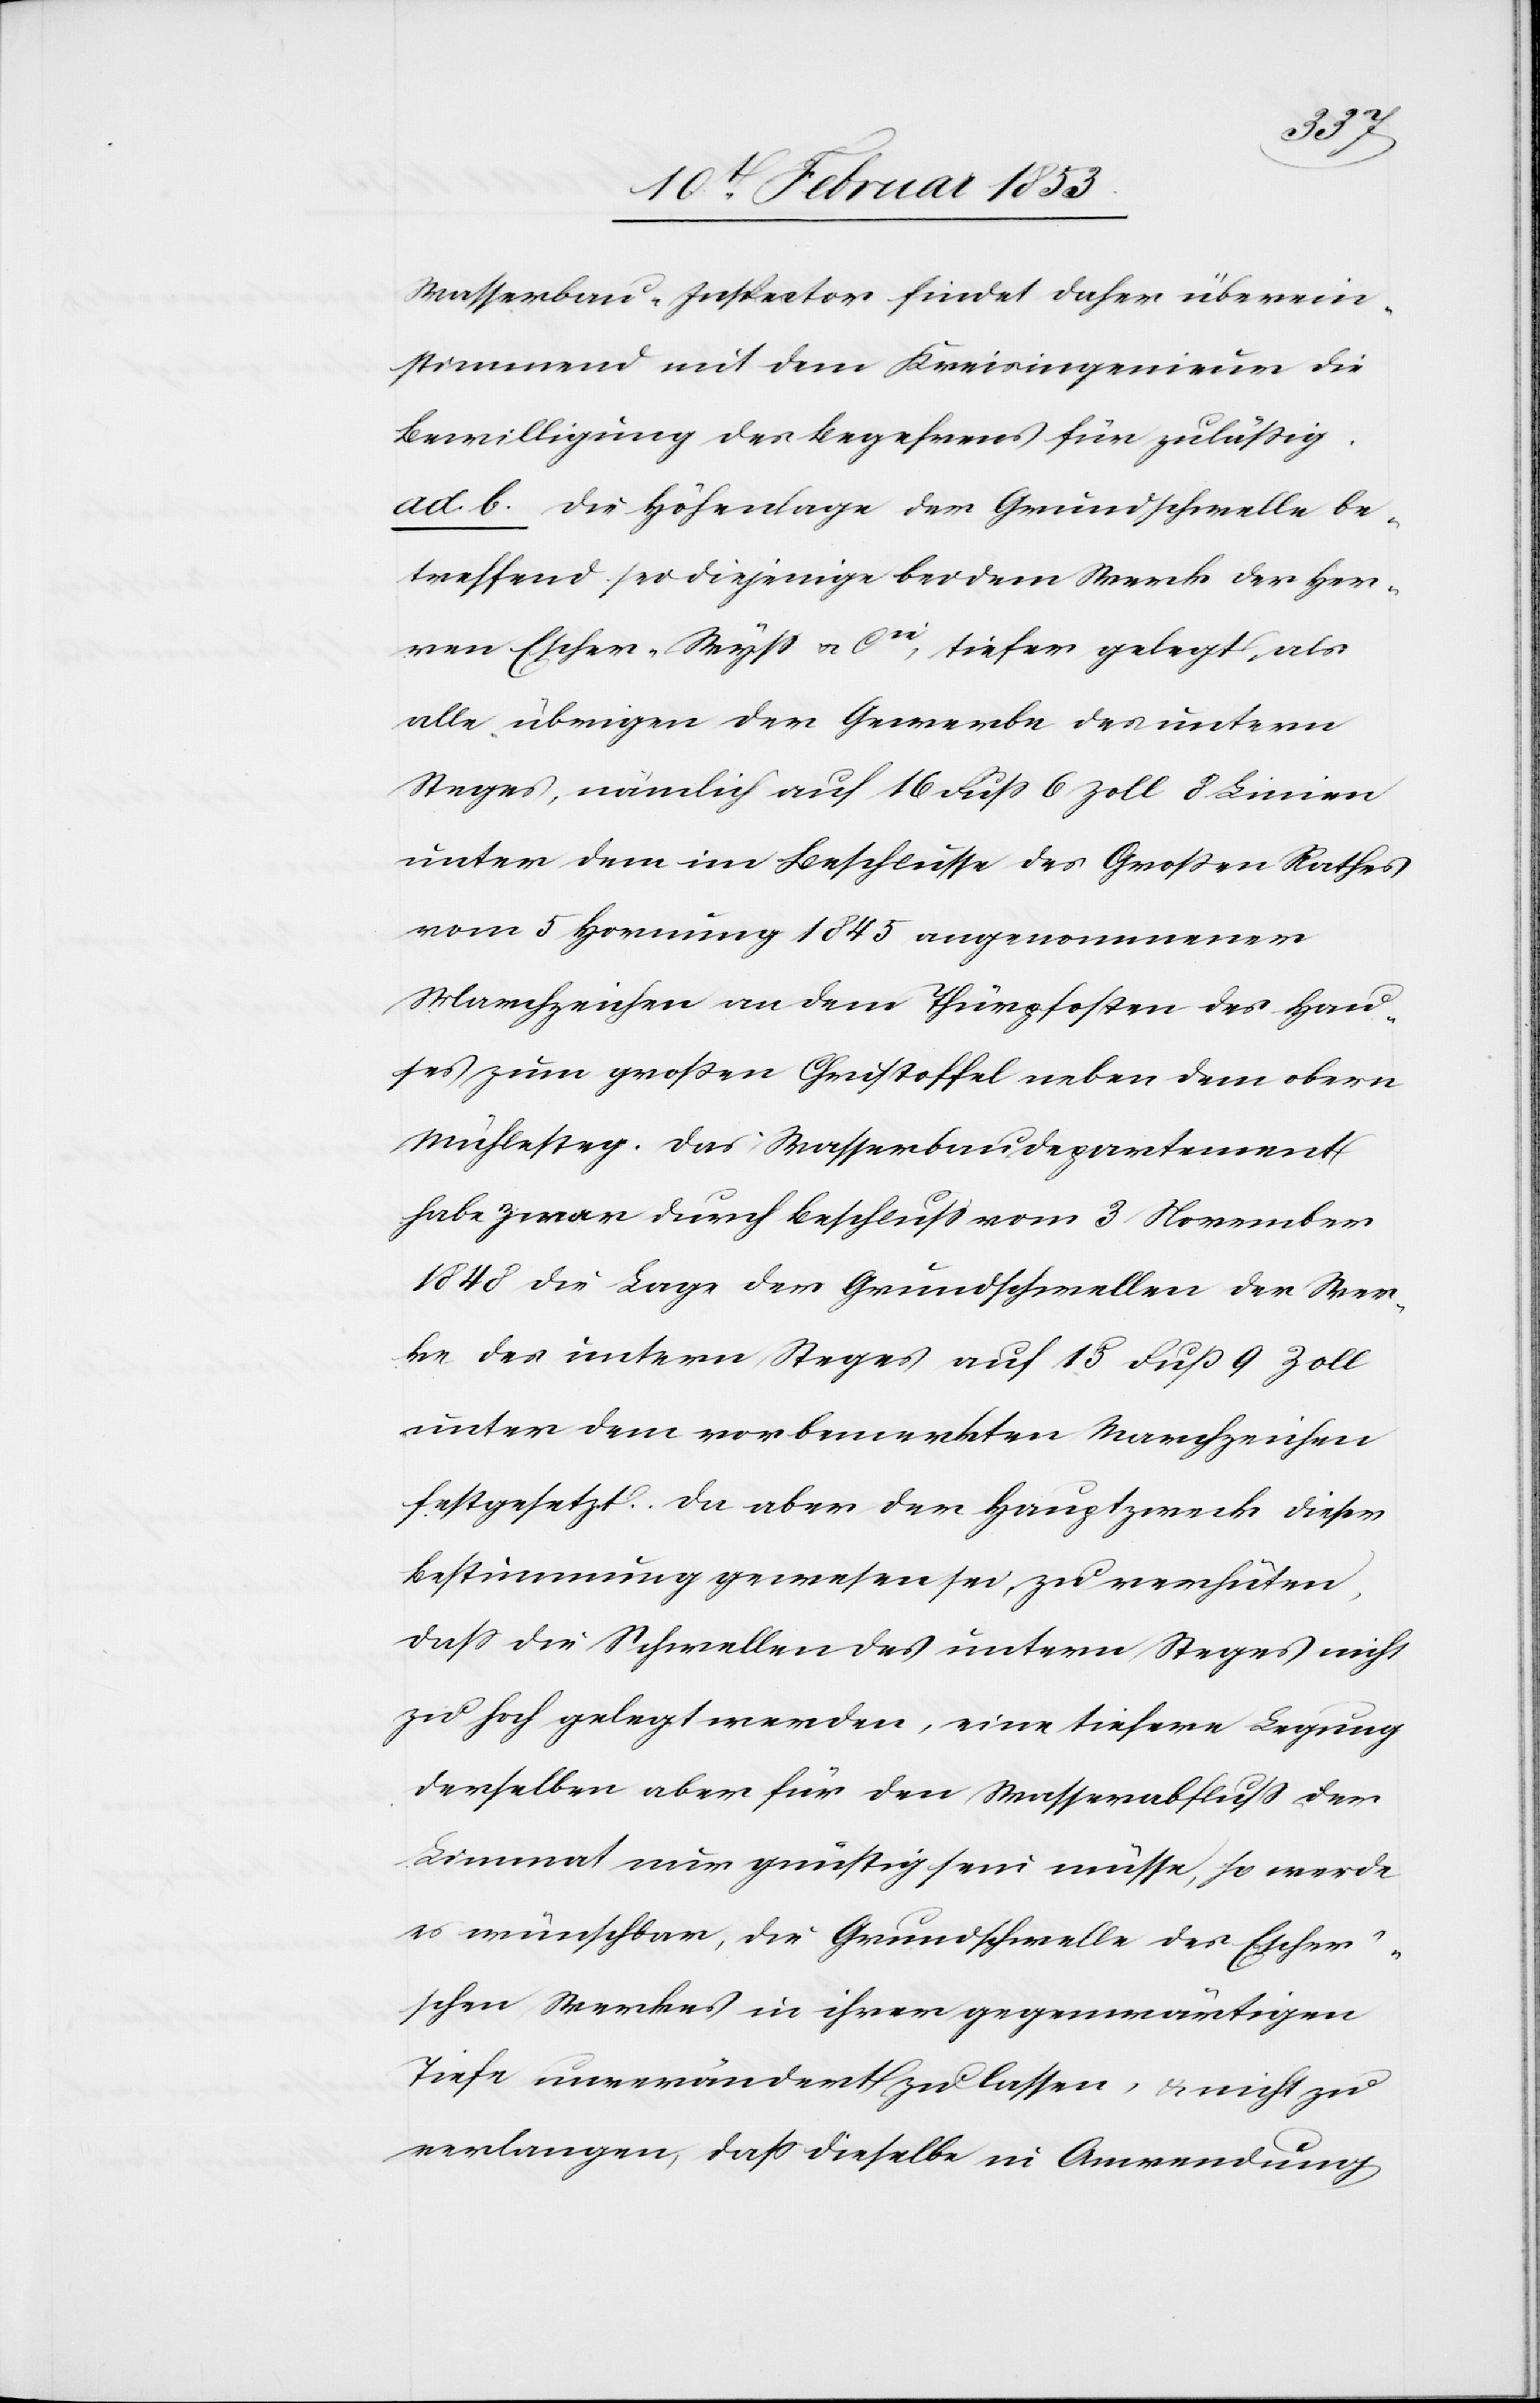
Wasserbau-Inspektor findet daher überein¬
stimmend mit dem Kreisingenieur die
Bewilligung des Begehrens für zuläßig.
ad b. Die Höhenlage der Grundschwelle be¬
treffend sei diejenige bei dem Werk der Her¬
ren Escher-Wyß u. Cie, tiefer gelegt, als
alle übrigen der Gewerbe des untern
Steges, nämlich auf 16 Fuß 6 Zoll 8 Linien
unter dem im Beschlusse des Großen Rathes
vom 5 Hornung 1845 angenommener
Marchzeichen an dem Thürpfosten des Hau¬
ses zum großen Christoffel neben dem obern
Mühlesteg. Das Wasserbaudepartement
habe zwar durch Beschluß vom 3 November
1848 die Lage der Grundschwellen der Wer¬
ke des untern Steges auf 18 Fuß 9 Zoll
unter dem vorbemerkten Marchzeichen
festgesetzt. Da aber der Hauptzweck dieser
Bestimmung gewesen sei, zu verhüten,
daß die Schwellen des untern Steges nicht
zu hoch gelegt werden, eine tiefere Legung
derselben aber für den Wasserabfluß der
Limmat nur günstig sein müsse, so werde
es wünschbar, die Grundschwelle des Escher’s¬
chen Werkes in ihrer gegenwärtigen
Tiefe unverändert zu lassen, u. nicht zu
verlangen, daß dieselbe in Anwendung